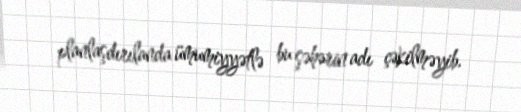
planlaşdırılanda ümumiyyətlə bu şəhərin adı çəkilməyib.